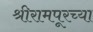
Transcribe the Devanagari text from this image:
श्रीरामपूरच्या